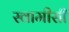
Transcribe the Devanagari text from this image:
स्वामीसी